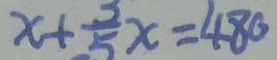
x + \frac { 3 } { 5 } x = 4 8 0